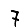
Digit: 7